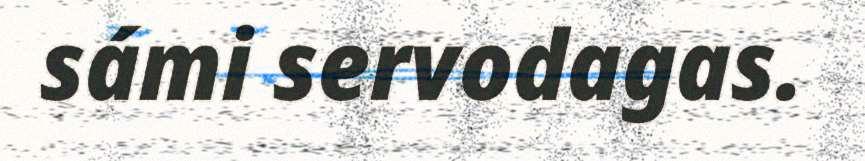
sámi servodagas.